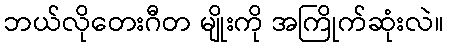
ဘယ်လိုတေးဂီတ မျိုးကို အကြိုက်ဆုံးလဲ။